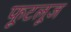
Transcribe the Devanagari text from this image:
फूटलूज